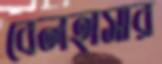
বেলহাসার